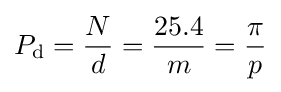
P_{\rm {d}}={\frac {N}{d}}={\frac {25.4}{m}}={\frac {\pi }{p}}